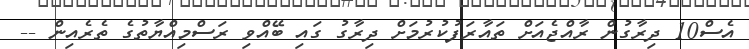
އެސް10 ދިރާގުން ރާއްޖެއަށް ތައާރަފުކުރުމަށް ދިރާގު ގައި ބޭއްވި ރަސްމިއްޔާތުގެ ތެރެއިން --